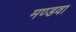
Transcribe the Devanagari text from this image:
मण्डवा